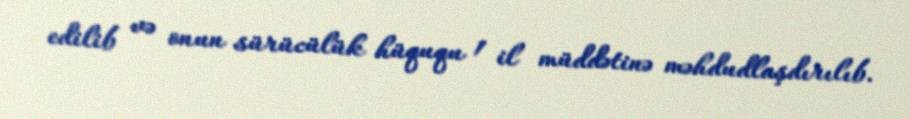
edilib və onun sürücülük hüququ 1 il müddətinə məhdudlaşdırılıb.